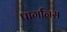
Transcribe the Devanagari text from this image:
पागनिस